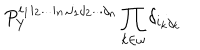
LaTeX: P _ { Y } ^ { i _ { 1 } i _ { 2 } . . . i _ { n } , j _ { 1 } j _ { 2 } . . . j _ { n } } \prod _ { k \in \omega } \delta _ { i _ { k } j _ { k } }